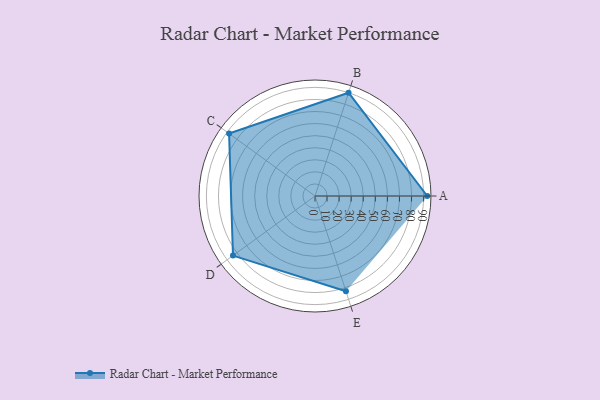
{"axis": {"x": "Skill", "y": "Score"}, "legend": ["Profile"], "data": [{"x": "A", "y": 93.0, "type": "Profile"}, {"x": "B", "y": 90.0, "type": "Profile"}, {"x": "C", "y": 88.0, "type": "Profile"}, {"x": "D", "y": 84.0, "type": "Profile"}, {"x": "E", "y": 83.0, "type": "Profile"}]}